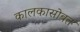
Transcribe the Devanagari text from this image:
कालकासोबत